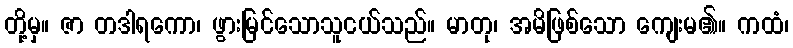
တို့မှ။ ဇာ တဒါရကော၊ ဖွားမြင်သောသူငယ်သည်။ မာတု၊ အမိဖြစ်သော ကျေးမ၏။ ကထံ၊